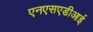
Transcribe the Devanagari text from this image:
एनएसएडीआई